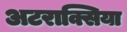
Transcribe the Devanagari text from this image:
अटराक्सिया